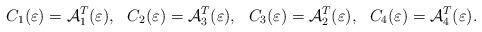
LaTeX: \begin{align*} C_{1}(\varepsilon)={\mathcal{A}}_{1}^{T}(\varepsilon),\ \ C_{2}(\varepsilon)={\mathcal{A}}_{3}^{T}(\varepsilon),\ \ C_{3}(\varepsilon)={\mathcal{A}}_{2}^{T}(\varepsilon),\ \ C_{4}(\varepsilon)={\mathcal{A}}_{4}^{T}(\varepsilon).\end{align*}